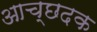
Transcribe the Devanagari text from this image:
आच्छदक